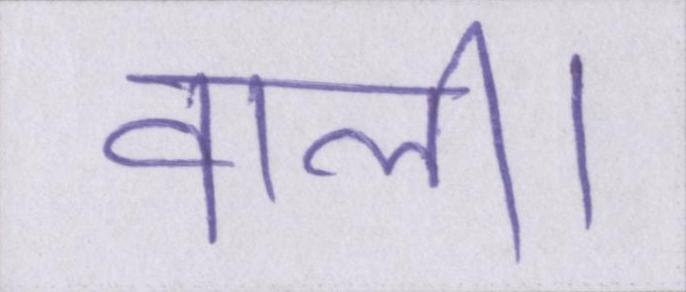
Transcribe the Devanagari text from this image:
वाली।